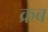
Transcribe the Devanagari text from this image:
क्रब